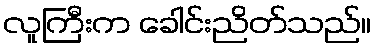
လူကြီးက ခေါင်းညိတ်သည်။